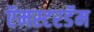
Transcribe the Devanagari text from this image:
ऍमस्टरडॅम